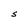
Character: S